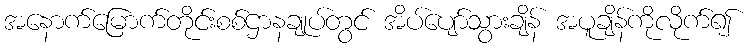
အနောက်မြောက်တိုင်းစစ်ဌာနချုပ်တွင် အိပ်ပျော်သွားချိန် အပူချိန်ကိုလိုက်၍